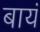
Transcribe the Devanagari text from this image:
बायं